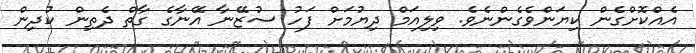
އެއްކޮށްގެން ކިޔަންވެގެންނެވެ. ވިލިއަމް ދިޔުމަށް ފަހު ސުޒޭނާ އޭނާގެ ގާތް ދެތިން ކުދިން